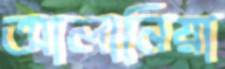
আলানিয়া